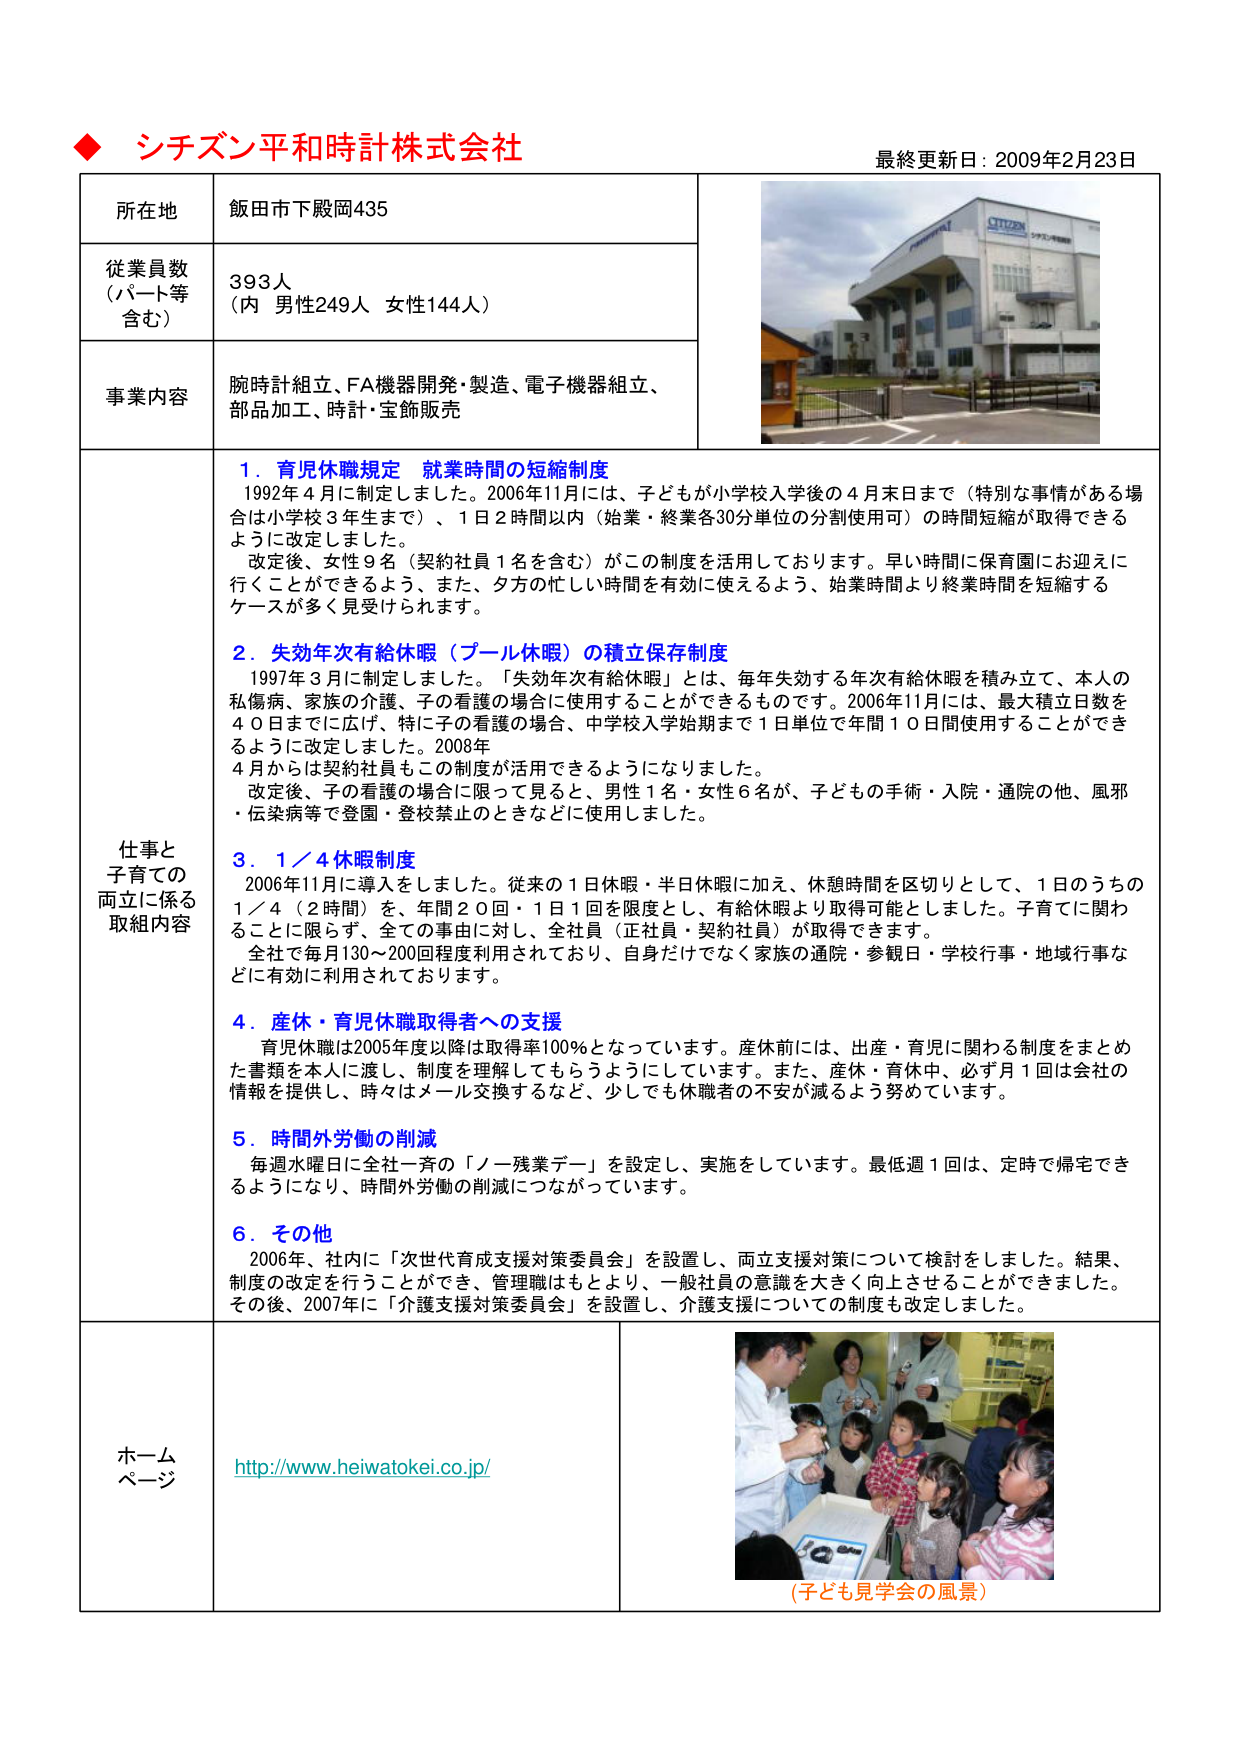
◆ シチズン平和時計株式会社
最終更新日：2009年2月23日

所在地　飯田市下殿岡435
従業員数（パート等含む）　393人（内 男性249人 女性144人）
事業内容　腕時計組立、FA機器開発・製造、電子機器組立、部品加工、時計・宝飾販売

仕事と子育ての両立に係る取組内容

1．育児休職規定 就業時間の短縮制度
　1992年4月に制定しました。2006年11月には、子どもが小学校入学後の4月末日まで（特別な事情がある場合は小学校3年生まで）、1日2時間以内（始業・終業各30分単位の分割使用可）の時間短縮が取得できるように改定しました。
　改定後、女性9名（契約社員1名を含む）がこの制度を活用しております。早い時間に保育園にお迎えに行くことができるよう、また、夕方の忙しい時間を有効に使えるよう、始業時間より終業時間を短縮するケースが多く見受けられます。

2．失効年次有給休暇（プール休暇）の積立保存制度
　1997年3月に制定しました。「失効年次有給休暇」とは、毎年失効する年次有給休暇を積み立て、本人の私傷病・家族の介護・子の看護の場合に使用することができるものです。2006年11月には、最大積立日数を40日までに広げ、特に子の看護の場合、中学校入学始期まで1日単位で年間10日間使用することができるように改定しました。2008年4月からは契約社員もこの制度が活用できるようになりました。
　改定後、子の看護の場合に限って見ると、男性1名・女性6名が、子どもの手術・入院・通院の他、風邪・伝染病等で登園・登校禁止のときなどに使用しました。

3．1／4休暇制度
　2006年11月に導入しました。従来の1日休暇・半日休暇に加え、休憩時間を区切りとして、1日のうちの1／4（2時間）を、年間20回・1日1回を限度とし、有給休暇より取得可能としました。子育てに関わることに限らず、全ての事由に対し、全社員（正社員・契約社員）が取得できます。
　全社で毎月130～200回程度利用されており、自身だけでなく家族の通院・参観日・学校行事・地域行事などに有効に利用されております。

4．産休・育児休職取得者への支援
　育児休職は2005年度以降は取得率100％となっています。産休前には、出産・育児に関わる制度をまとめた書類を本人に渡し、制度を理解してもらうようにしています。また、産休・育休中、必ず月1回は会社の情報を提供し、時々はメール交換するなど、少しでも休職者の不安が減るよう努めています。

5．時間外労働の削減
　毎週水曜日に全社一斉の「ノー残業デー」を設定し、実施をしています。最低週1回は、定時で帰宅できるようになり、時間外労働の削減につながっています。

6．その他
　2006年、社内に「次世代育成支援対策委員会」を設置し、両立支援対策について検討しました。結果、制度の改定を行うことができ、管理職はもとより、一般社員の意識を大きく向上させることができました。その後、2007年に「介護支援対策委員会」を設置し、介護支援についての制度も改定しました。

ホームページ　http://www.heiwatokei.co.jp/
（子ども見学会の風景）